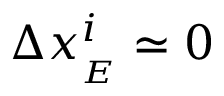
\Delta x _ { { _ E } } ^ { i } \simeq 0